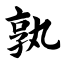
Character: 孰